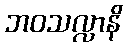
ဘဝသလ္လာနိ